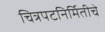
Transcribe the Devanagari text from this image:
चित्रपटनिर्मितीचे